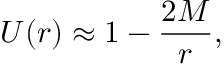
U ( r ) \approx 1 - \frac { 2 M } { r } ,